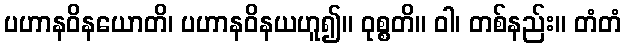
ပဟာနဝိနယောတိ၊ ပဟာနဝိနယဟူ၍။ ဝုစ္စတိ။ ဝါ၊ တစ်နည်း။ တံတံ